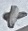
Text: +